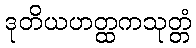
ဒုတိယဟတ္ထကသုတ္တံ